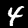
Label: 4